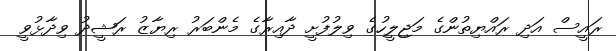
ރައީސް އަދި ރައްޔިތުންގެ މަޖިލީހުގެ ވިލުފުށީ ދާއިރާގެ މެންބަރު ރިޔާޒު ރަޝީދު ވިދާޅުވީ